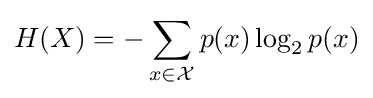
H(X)=-\sum _{x\in {\mathcal {X}}}p(x)\log _{2}p(x)